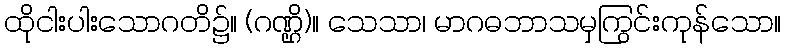
ထိုငါးပါးသောဂတိ၌။ (ဂဏ္ဌိ)။ သေသာ၊ မာဂဓဘာသမှကြွင်းကုန်သော။